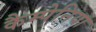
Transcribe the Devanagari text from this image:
कैम्पेनिया